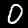
Label: 0